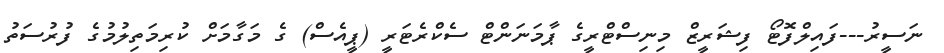
ނަސީރު---ފައިލްފޮޓޯ ފިޝަރީޒް މިނިސްޓްރީގެ ޕާމަނަންޓް ސެކްރެޓަރީ (ޕީއެސް) ގެ މަގާމަށް ކުރިމަތިލުމުގެ ފުރުސަތު